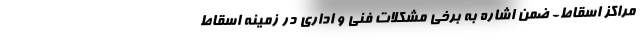
مراکز اسقاط- ضمن اشاره به برخی مشکلات فنی و اداری در زمینه اسقاط